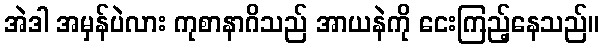
အဲဒါ အမှန်ပဲလား ကုစာနာဂိသည် အာယနဲကို ငေးကြည့်နေသည်။